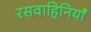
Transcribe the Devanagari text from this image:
रसवाहिनियाँ